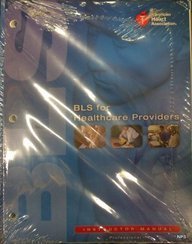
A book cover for BLS for Healthcare Providers Instructors Manual Package 1 Unbnd/CD edition by Aha published by American Heart Association (2011) Paperback; Health, Fitness & Dieting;